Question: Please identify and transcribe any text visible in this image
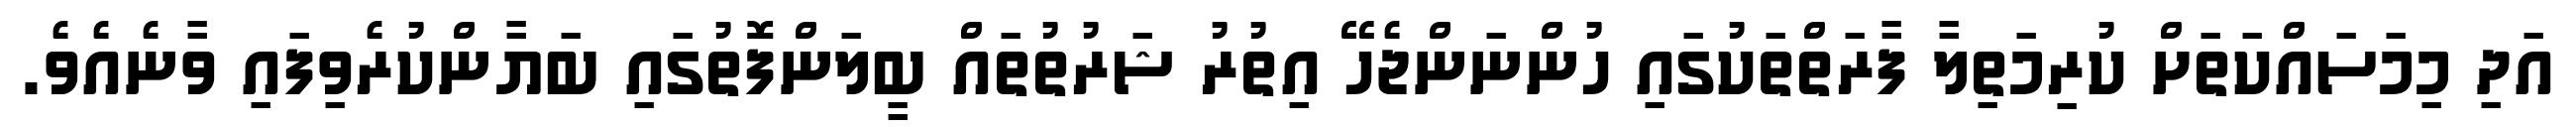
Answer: އަދި މިމަސައްކަތަށް ކުރިމަތިލާ ފާރަތްތަކުގައި ހުންނަންޖެހޭ އިތުރު ޝަރުތުތައް ބީލަންފޮތުގައި ބަޔާންކުރެވިފައި ވާނެއެވެ.